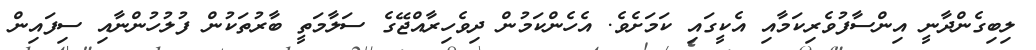
ލިބިގެންދާނީ އިންސާފުވެރިކަމާއި އެކީގައި ކަމަށެވެ. އެހެންކަމުން ދިވެހިރާއްޖޭގެ ސަލާމަތީ ބާރުތަކުން ފުލުހުންނާއި ސިފައިން